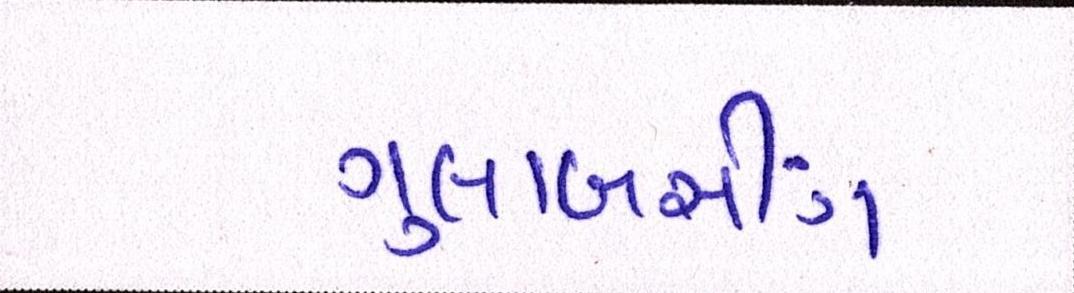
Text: ગુલાબસીંગ